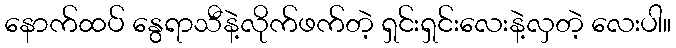
နောက်ထပ် နွေရာသီနဲ့လိုက်ဖက်တဲ့ ရှင်းရှင်းလေးနဲ့လှတဲ့ လေးပါ။